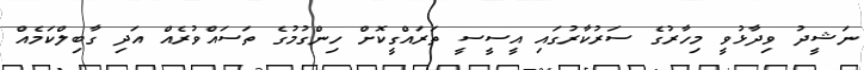
ނަޝީދު ވިދާޅުވީ މިހާރުގެ ސަރުކާރުގައި އީސީސީ ތަރައްގީކޮށް ހިންގުމުގެ ތަސައްވުރެއް އަދި ގާބިލްކަމެއް